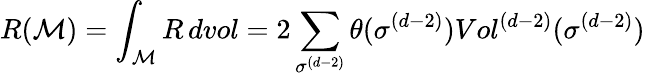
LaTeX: R(\mathcal{M})=\int_{\mathcal{M}}R\, dvol=2\sum_{\sigma^{(d-2)}}\theta(\sigma^{(d-2)})Vol^{(d-2)}(\sigma^{(d-2)})